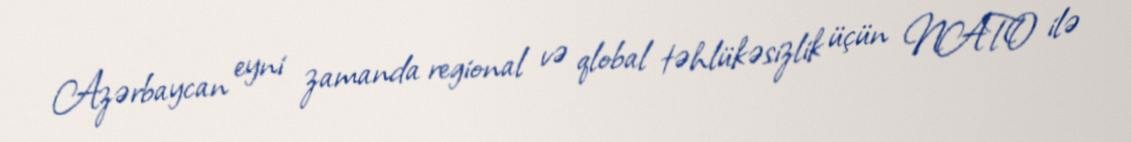
Azərbaycan eyni zamanda regional və qlobal təhlükəsizlik üçün NATO ilə